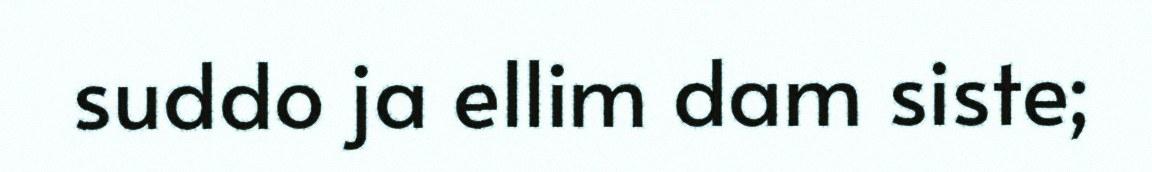
suddo ja ellim dam siste;